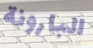
البارونة